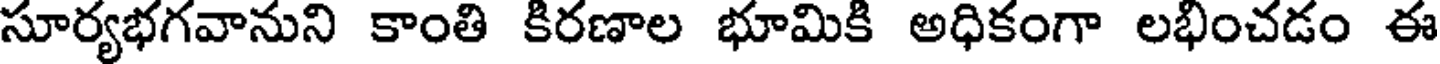
సూర్యభగవానుని కాంతి కిరణాల భూమికి అధికంగా లభించడం ఈ